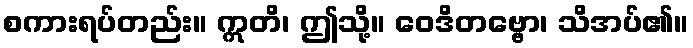
စကားရပ်တည်း။ ဣတိ၊ ဤသို့။ ဝေဒိတဗ္ဗော၊ သိအပ်၏။